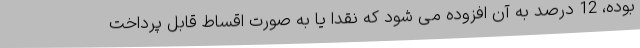
بوده، 12 درصد به آن افزوده می شود که نقدا یا به صورت اقساط قابل پرداخت